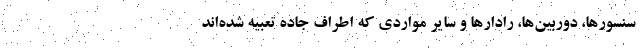
سنسورها، دوربین‌ها، رادارها و سایر مواردی که اطراف جاده تعبیه شده‌اند